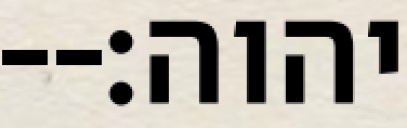
יהוה׃--